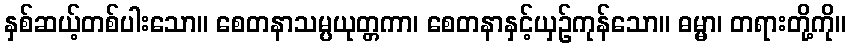
နှစ်ဆယ့်တစ်ပါးသော။ စေတနာသမ္ပယုတ္တကာ၊ စေတနာနှင့်ယှဉ်ကုန်သော။ ဓမ္မာ၊ တရားတို့ကို။